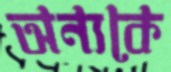
অন্যকে